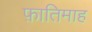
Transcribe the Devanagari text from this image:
फ़ातिमाह